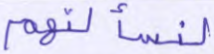
لنسألنهم